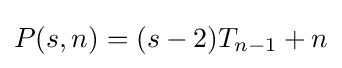
P(s,n)=(s-2)T_{n-1}+n